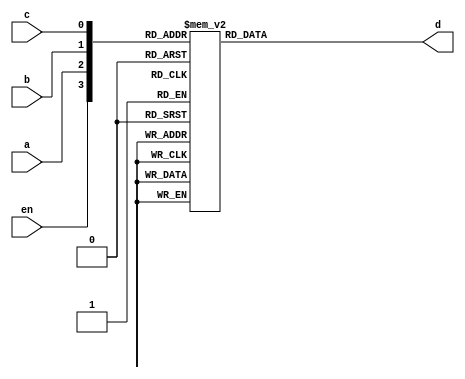
module dec3x8 (
input en,a,b,c,
output reg [7:0]d);

always @(a,b)
begin
case({en,a,b,c})
4'b1000: d=8'b00000001;
4'b1001: d=8'b00000010;
4'b1010: d=8'b00000100;
4'b1011: d=8'b00001000;
4'b1100: d=8'b00010000;
4'b1101: d=8'b00100000;
4'b1110: d=8'b01000000;
4'b1111: d=8'b10000000;
default: d=8'b00000000;
endcase
end

endmodule